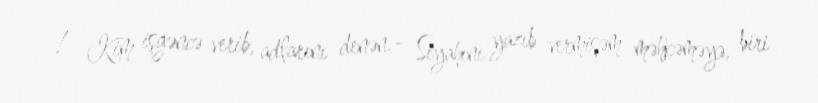
!- Kim işgəncə verib, adlarını denən.- Siyahını yazıb vermişəm məhkəməyə, biri